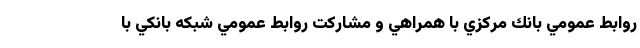
روابط عمومي بانك مركزي با همراهي و مشاركت روابط عمومي شبكه بانكي با